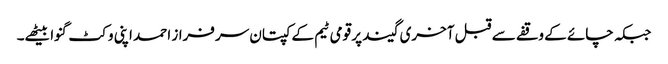
جبکہ چائے کے وقفے سے قبل آخری گیند پر قومی ٹیم کے کپتان سرفراز احمد اپنی وکٹ گنوا بیٹھے۔